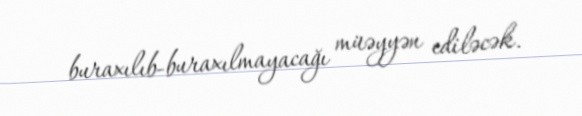
buraxılıb-buraxılmayacağı müəyyən ediləcək.